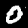
Digit: 0